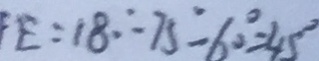
E = 1 8 0 ^ { \circ } - 7 5 ^ { \circ } - 6 0 ^ { \circ } = 4 5 ^ { \circ }